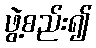
ဖွဲ့စည်း၍